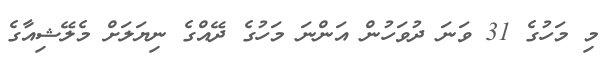
މި މަހުގެ 31 ވަނަ ދުވަހުން އަންނަ މަހުގެ ދޭއްގެ ނިޔަލަށް މެލޭޝިއާގެ